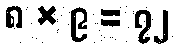
၈ × ၉ = ၇၂